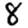
Digit: 8